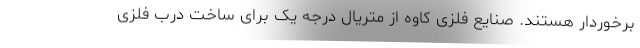
برخوردار هستند. صنایع فلزی کاوه از متریال درجه یک برای ساخت درب فلزی